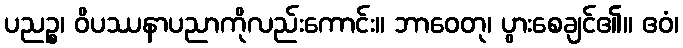
ပညဉ္စ၊ ဝိပဿနာပညာကိုလည်းကောင်း။ ဘာဝေတု၊ ပွားစေချင်၏။ ဧဝံ၊